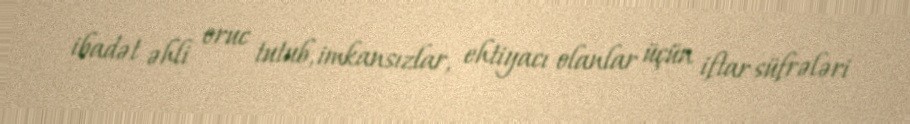
ibadət əhli oruc tutub, imkansızlar, ehtiyacı olanlar üçün iftar süfrələri